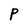
Character: P